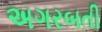
અગરબતી